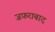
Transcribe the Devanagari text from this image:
जफ़राबाद